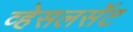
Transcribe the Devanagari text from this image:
व्हेसलसॅट